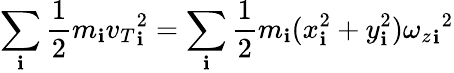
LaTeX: \sum_{\mathbf{i}}{\frac{{1}}{{2}}}m_{\mathbf{i}}{v_{T}}_{\mathbf{i}}^{2}=\sum_{\mathbf{i}}{\frac{{1}}{{2}}}m_{\mathbf{i}}(x_{\mathbf{i}}^{2}+y_{\mathbf{i}}^{2}){{\omega_{z}}_{\mathbf{i}}}^{2}